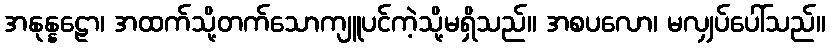
အနုန္နဠော၊ အထက်သို့တက်သောကျူပင်ကဲ့သို့မရှိသည်။ အစပလော၊ မလျှပ်ပေါ်သည်။